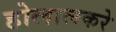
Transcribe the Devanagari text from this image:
होलालकरे